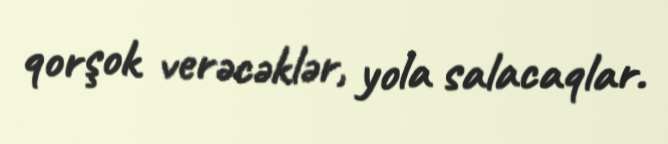
qorşok verəcəklər, yola salacaqlar.